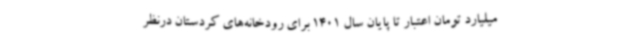
‌میلیارد تومان اعتبار تا پایان سال 1401 برای رودخانه‌های کردستان درنظر